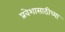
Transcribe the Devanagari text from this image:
प्रवेशासाठीच्या